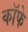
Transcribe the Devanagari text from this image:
कॉफे